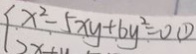
x ^ { 2 } - 5 x y + 6 y ^ { 2 } = 0 \textcircled { 1 }